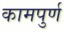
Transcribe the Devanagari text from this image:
कामपुर्ण